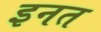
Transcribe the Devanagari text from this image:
इनत